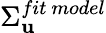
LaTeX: \Sigma_{\mathbf{u}}^{fit\ model}